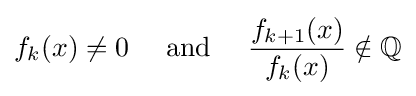
f_{k}(x)\neq 0\quad {\text{ and }}\quad {\frac {f_{k+1}(x)}{f_{k}(x)}}\notin \mathbb {Q}